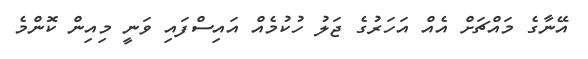
އޭނާގެ މައްޗަށް އެއް އަހަރުގެ ޖަލު ހުކުމެއް އައިސްފައި ވަނީ މިއިން ކޮންމެ